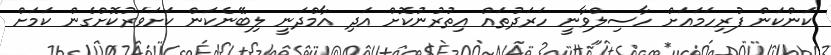
ކަންކަން ފުރިހަމައަށް ހާސިލްވާނީ ހަރަދުތައް އިތުރުނުކޮށް އަދި އާމްދަނީ ލިބޭނެކަން ކަށަވަރުކޮށްގެން ކަމަށް